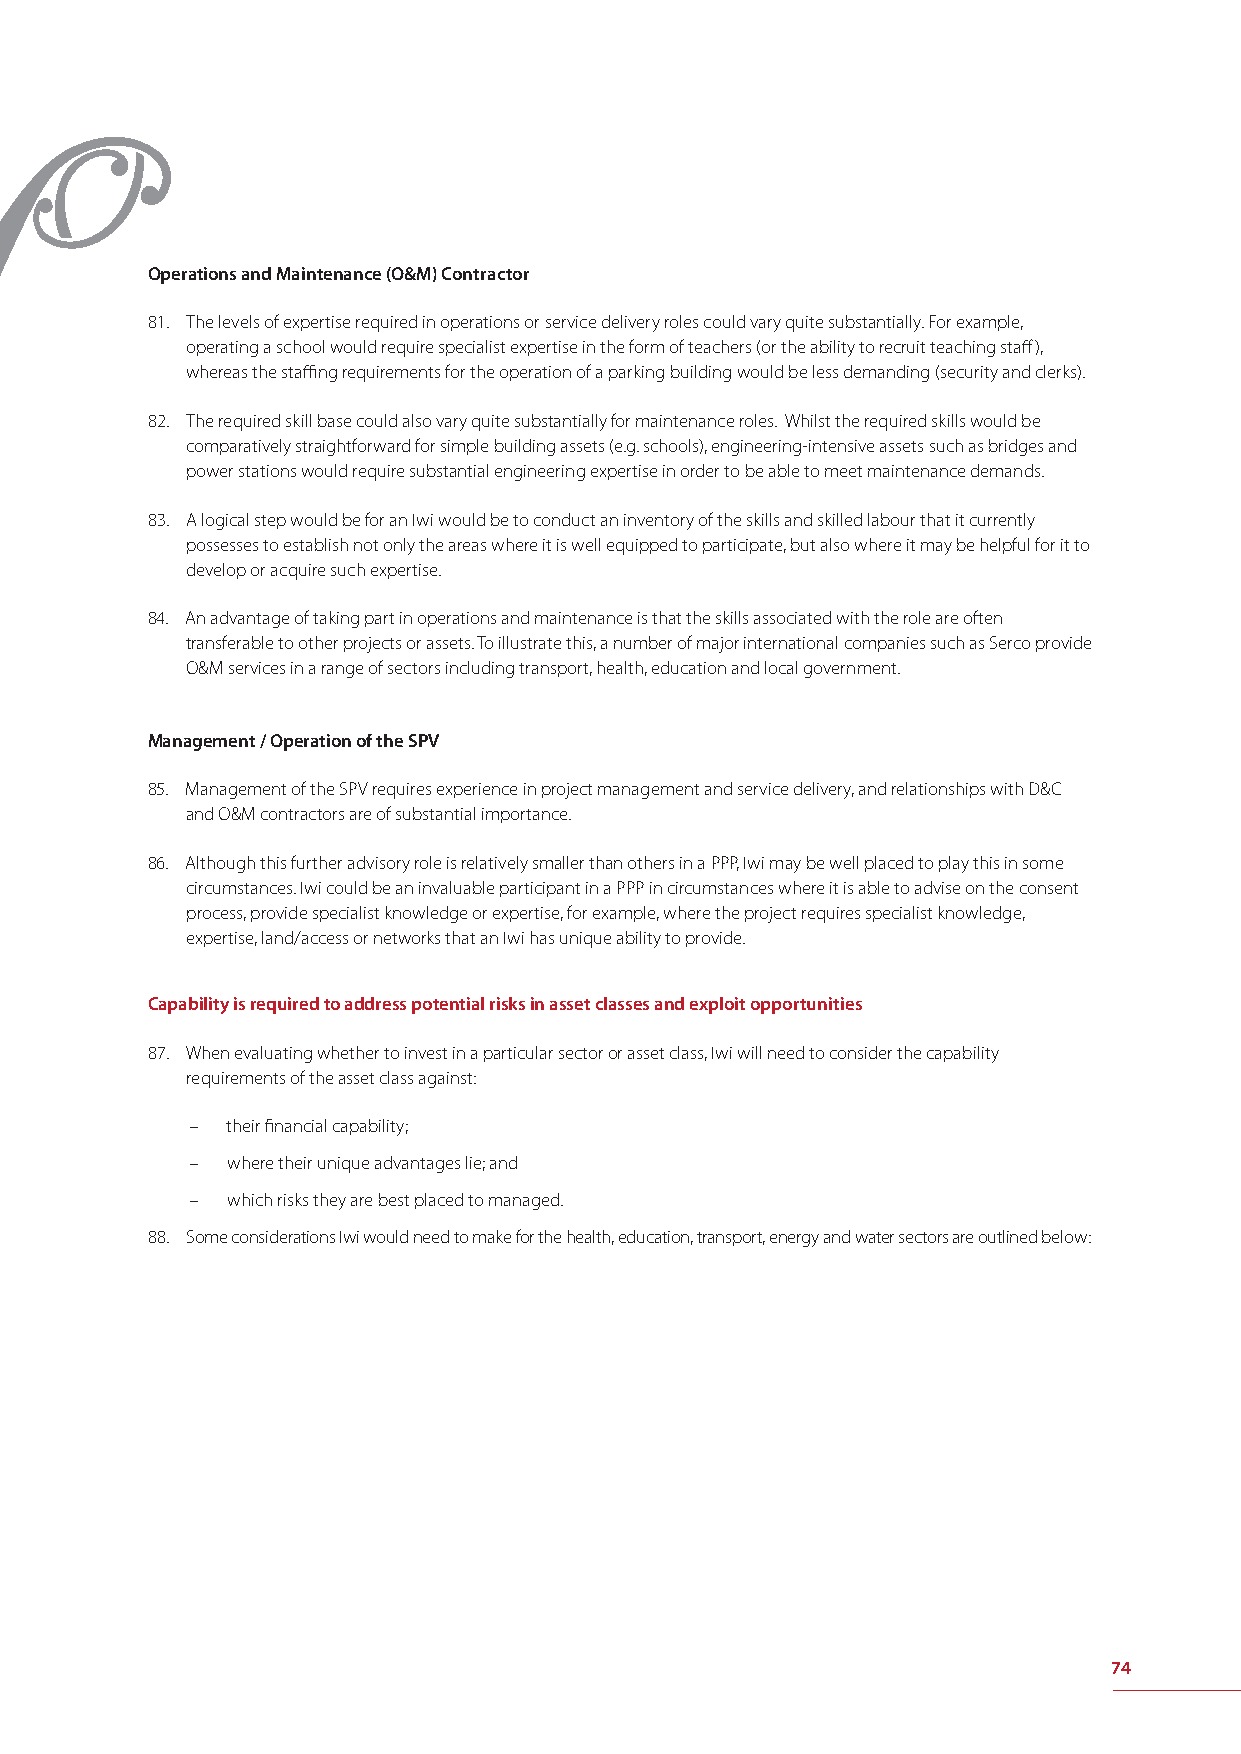
Operations and Maintenance (O&M) Contractor
 81. The levels of expertise required in operations or service delivery roles could vary quite substantially. For example,
 operating a school would require specialist expertise in the form of teachers (or the ability to recruit teaching staff ),
 whereas the staffi ng requirements for the operation of a parking building would be less demanding (security and clerks).
 82. The required skill base could also vary quite substantially for maintenance roles. Whilst the required skills would be
 comparatively straightforward for simple building assets (e.g. schools), engineering-intensive assets such as bridges and
 power stations would require substantial engineering expertise in order to be able to meet maintenance demands.
 83. A logical step would be for an Iwi would be to conduct an inventory of the skills and skilled labour that it currently
 possesses to establish not only the areas where it is well equipped to participate, but also where it may be helpful for it to
 develop or acquire such expertise.
 84. An advantage of taking part in operations and maintenance is that the skills associated with the role are often
 transferable to other projects or assets. To illustrate this, a number of major international companies such as Serco provide
 O&M services in a range of sectors including transport, health, education and local government.
 Management / Operation of the SPV
 85. Management of the SPV requires experience in project management and service delivery, and relationships with D&C
 and O&M contractors are of substantial importance.
 86. Although this further advisory role is relatively smaller than others in a PPP, Iwi may be well placed to play this in some
 circumstances. Iwi could be an invaluable participant in a PPP in circumstances where it is able to advise on the consent
 process, provide specialist knowledge or expertise, for example, where the project requires specialist knowledge,
 expertise, land/access or networks that an Iwi has unique ability to provide.
 Capability is required to address potential risks in asset classes and exploit opportunities
 87. When evaluating whether to invest in a particular sector or asset class, Iwi will need to consider the capability
 requirements of the asset class against:
 – their fi nancial capability;
 – where their unique advantages lie; and
 – which risks they are best placed to managed.
 88. Some considerations Iwi would need to make for the health, education, transport, energy and water sectors are outlined below:
 74